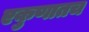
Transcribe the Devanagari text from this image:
एकुणातच